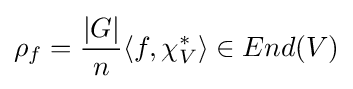
\rho _{f}={\frac {|G|}{n}}\langle f,\chi _{V}^{*}\rangle \in End(V)